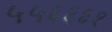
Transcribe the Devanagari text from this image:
५५६६६१